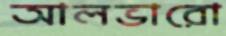
আলভারো